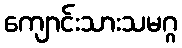
ကျောင်းသားသမဂ္ဂ